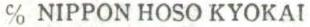
% NIPPON HOSO KYOKAI